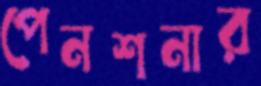
পেনশনার